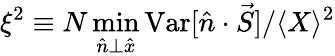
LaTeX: \xi^{2}\equiv N\operatorname*{min}_{\hat{n}\bot\hat{x}}{\mathrm{Var}[\hat{n}\cdot\vec{S}]}/\langle X\rangle^{2}